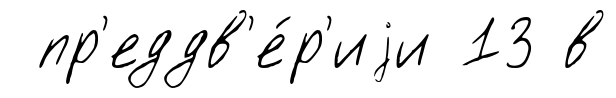
пр'еддв'е́р'иjи 13 в